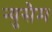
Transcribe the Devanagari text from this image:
न्युसैम